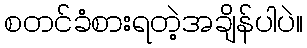
စတင်ခံစားရတဲ့အချိန်ပါပဲ။